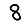
Digit: 8